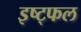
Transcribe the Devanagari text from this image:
इष्ट्फल